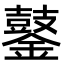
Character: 䥢